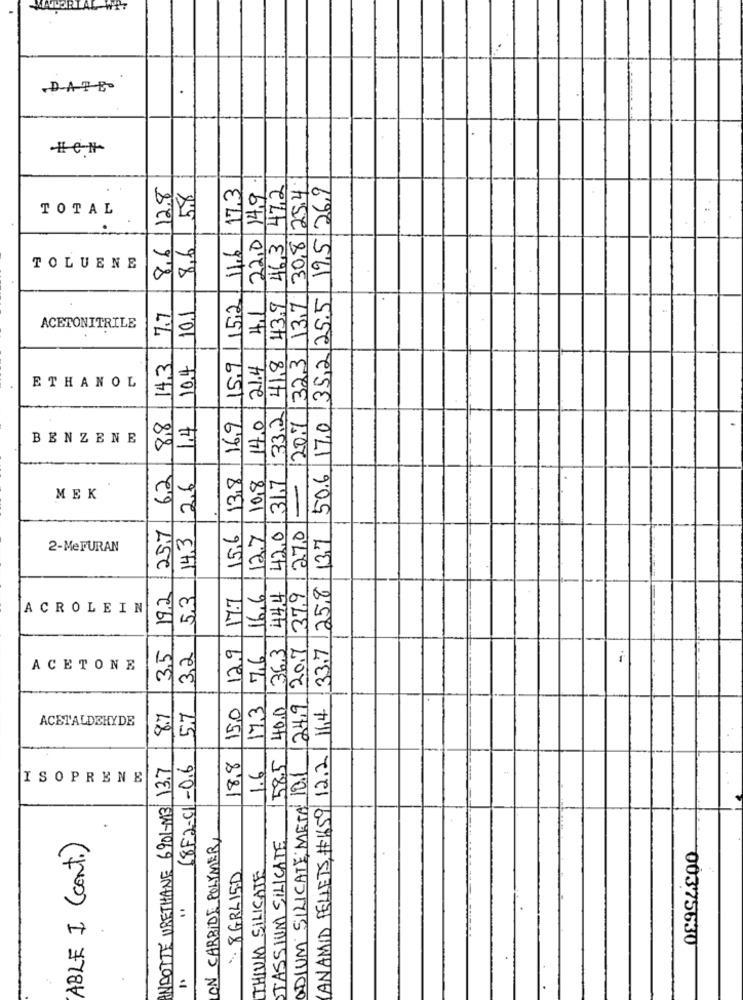
MALER
DATE
#CI
8,6/12.8
17.3
4,1 22,0 149
463 47,2
13,7 30,812.5.4
19,5 26.9
8,6 58
TOTAL
.
11.6
TOLUENE
152
135,2 25.5
10.1
43.9
7.7
ACETONITRILE
14.3
10.4
133.2 41,8
20.7 323
15.9
21.4
ETHANOL
1.4
8,8
16,9
14.0
50.6 17.0
BENZENE
6.2
15,6/13,8
420 317
26
10,8
MEK
25.7
13,7
14,3
12.7
270
2-MeFURAN
44.4
33,7 25.8
O
19.2
5,3
17.7
16,6
ODIUM SILICATE, META 10.1 /24,9 20.7 37.9
H
ACROLEIN
36,3
3.5
3,2
12.9
7,6
ACETONE
58.5 40.0
150
17.3
ANAMID PELLETS,#1659 12.2 1 11,4
8.7
5.7
ACETALDEHYDE
Co
O
NAOTTE URETHANE 6901-M3 13.7
68E2-C1 -0.6
18.8
1.6
ISOPRENE
ABLE I ( cont.)
ON CARRIDE POLYMER,
STASSIUM SILICATE
THIUM SILICATE
. 8 GRLIED
00375630